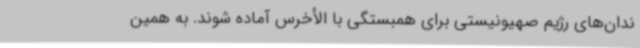
ندان‌های رژیم صهیونیستی برای همبستگی با الأخرس آماده شوند. به همین